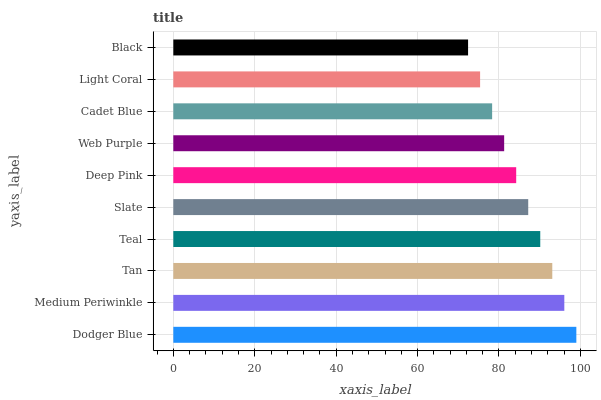
| yaxis_label | bars |
 | --- | --- |
 | Dodger Blue | 99 |
 | Medium Periwinkle | 96 |
 | Tan | 93.1 |
 | Teal | 90.1 |
 | Slate | 87.2 |
 | Deep Pink | 84.2 |
 | Web Purple | 81.3 |
 | Cadet Blue | 78.3 |
 | Light Coral | 75.4 |
 | Black | 72.4 |